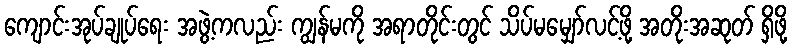
ကျောင်းအုပ်ချုပ်ရေး အဖွဲ့ကလည်း ကျွန်မကို အရာတိုင်းတွင် သိပ်မမျှော်လင့်ဖို့ အတိုးအဆုတ် ရှိဖို့